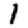
Digit: 1